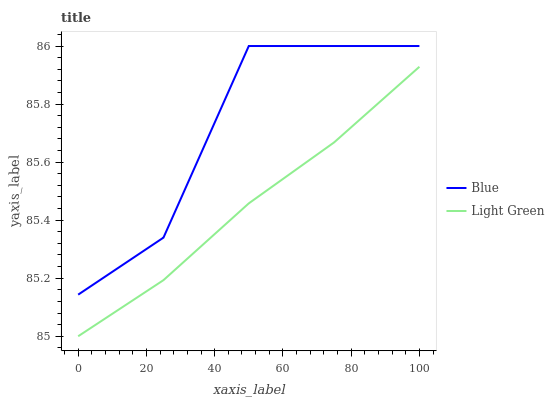
| xaxis_label | Blue | Light Green |
 | --- | --- | --- |
 | 0 | 85.1 | 85 |
 | 25 | 85.3 | 85.2 |
 | 50 | 86 | 85.5 |
 | 75 | 86 | 85.7 |
 | 100 | 86 | 85.9 |